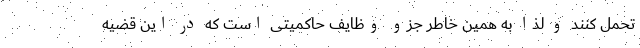
تحمل کنند و لذا به همین خاطر جزو وظایف حاکمیتی است که در این قضیه